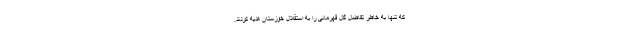
که تنها به خاطر تفاضل گل قهرمانی را به استقلال خوزستان هدیه کردند.